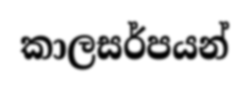
කාලසර්පයන්